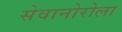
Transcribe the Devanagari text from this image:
सेवानोरोला